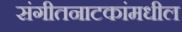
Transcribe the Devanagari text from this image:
संगीतनाटकांमधील